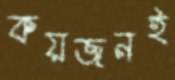
কয়জনই